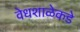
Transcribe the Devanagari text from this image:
वेधशाळेकडे